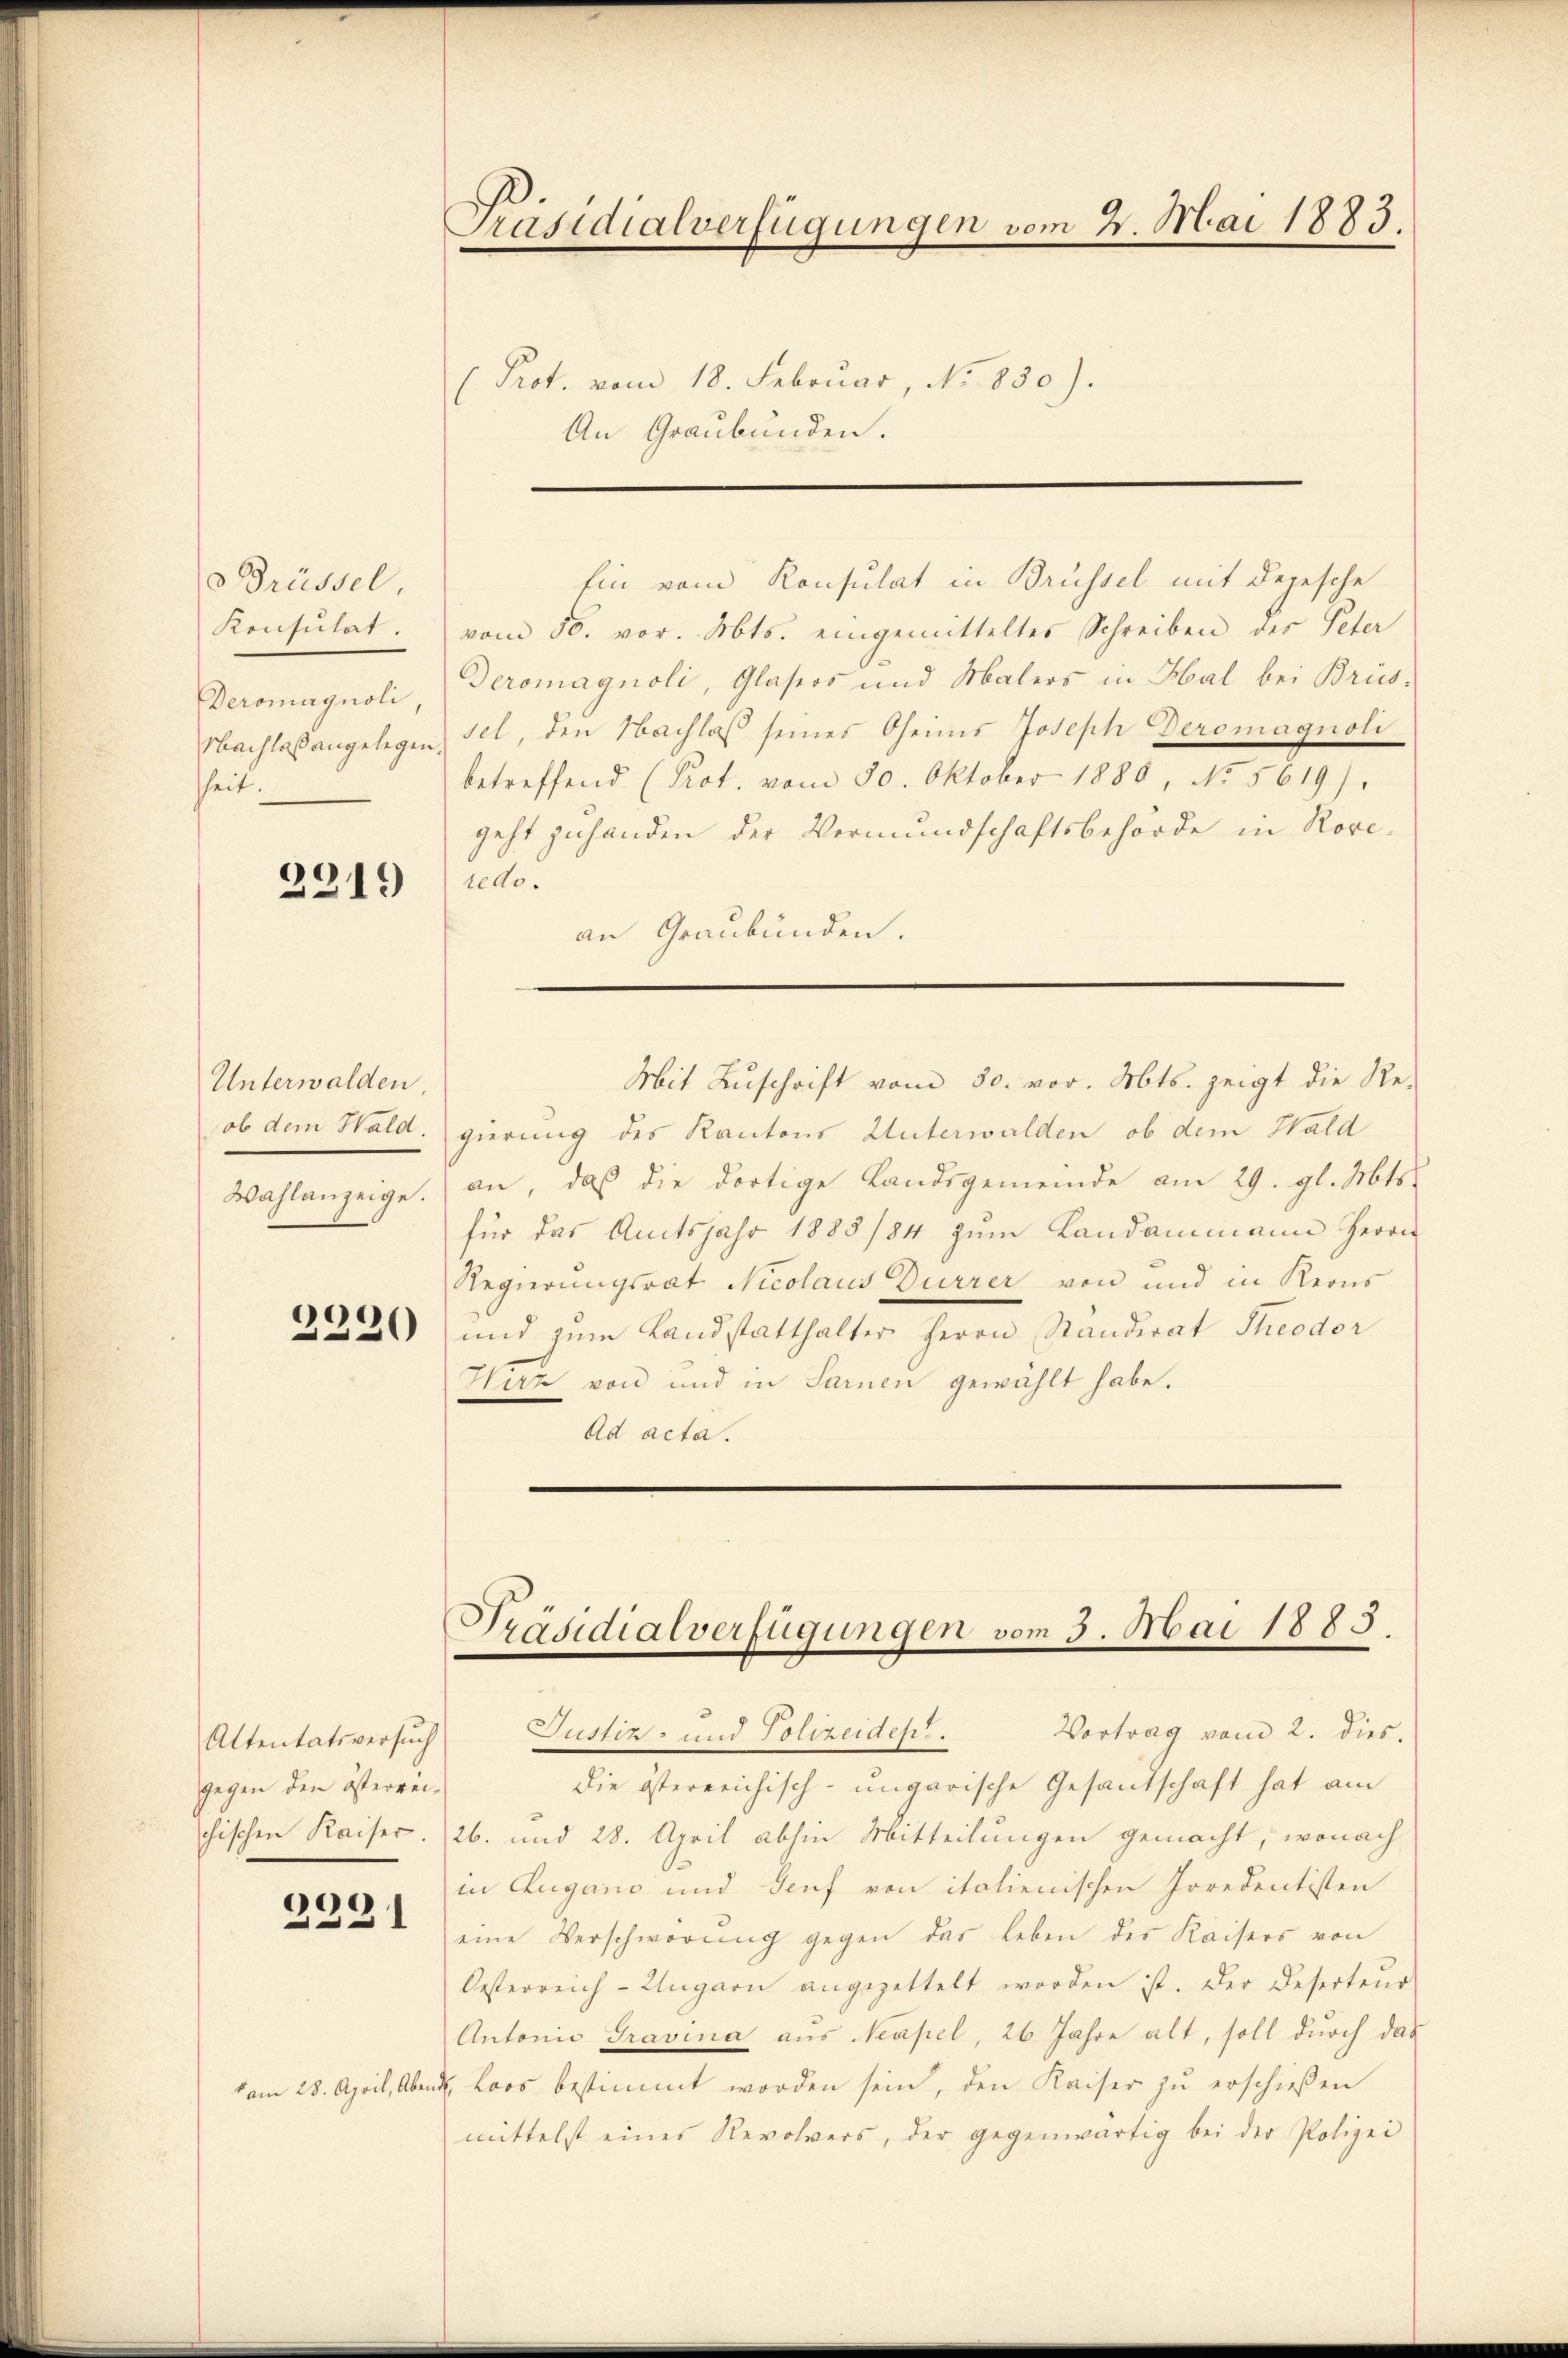
drüssel
Konsulat.
Deromagnoli,
hheit.

291.

Unterwalden.
ob dem Wald.
Wahlanzeige.

2220

Altentatsversuch
gegen den österrei¬

e
l

am 28. April, Abend

Präsidialverfügungen vom 2. Mai 1883.
Prot. vom 18. Februar, No 830).
An Graubünden.

vom 30. vor. Mts. eingemitteltes Schreiben des Peter
Deromagnoli, Glasers und Malers in Hal bei Brüs-
Nachlaßangelegen sel, den Nachlaß seines Oheimis Joseph Deromagnoli
betreffend (Prot. vom 30. Oktober 1880, No 5619).
geht zuhanden der Vormundschaftsbehörde in Roveredo.
an Graubünden.

Ein vom Konsulat in Brüssel mit Depesche

Mit Zuschrift vom 30. vor. Mts. zeigt die Re-
gierung des Kantons Unterwalden, ob dem Wald
an, daß die dortige Landsgemeinde am 29. gl. Mts.
für das Amtsjahr 1883/84 zum Landammann Herrn
Regierungsrat Nicolaus Durrer von und in Reons
und zum Landstatthalter Herrn Randerat Theodor
Wirz von und in Sarnen gewählt habe.
Ad acta.

Präsidialverfügungen vom 3. Mai 1883.

Justiz- und Polizeiden. Vortrag vom 2. dies
die österreichisch-ungarische Gesandtschaft hat am
chischen Kaiser. 26. und 28. April abhin Mitteilungen gemacht, wonach
in Lugano und Genf von italienischen Irredentisten
eine Verschwörung gegen das Leben der Kaisers von
Oesterreich-Ungarn angezettelt worden ist. Der Deserteŭr
Antonia Gravina aus Neapel, 26 Jahre alt, soll durch das
u. Loos bestimmt worden sein, den Kaiser zŭ erschieβen
mittelst eines Revolvers, der gegenwärtig bei der Polizei